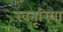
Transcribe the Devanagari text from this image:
खतूरिया